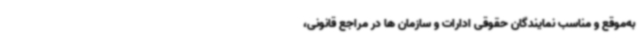
به‌موقع و مناسب نمایندگان حقوقی ادارات و سازمان ها در مراجع قانونی،